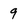
Character: 9